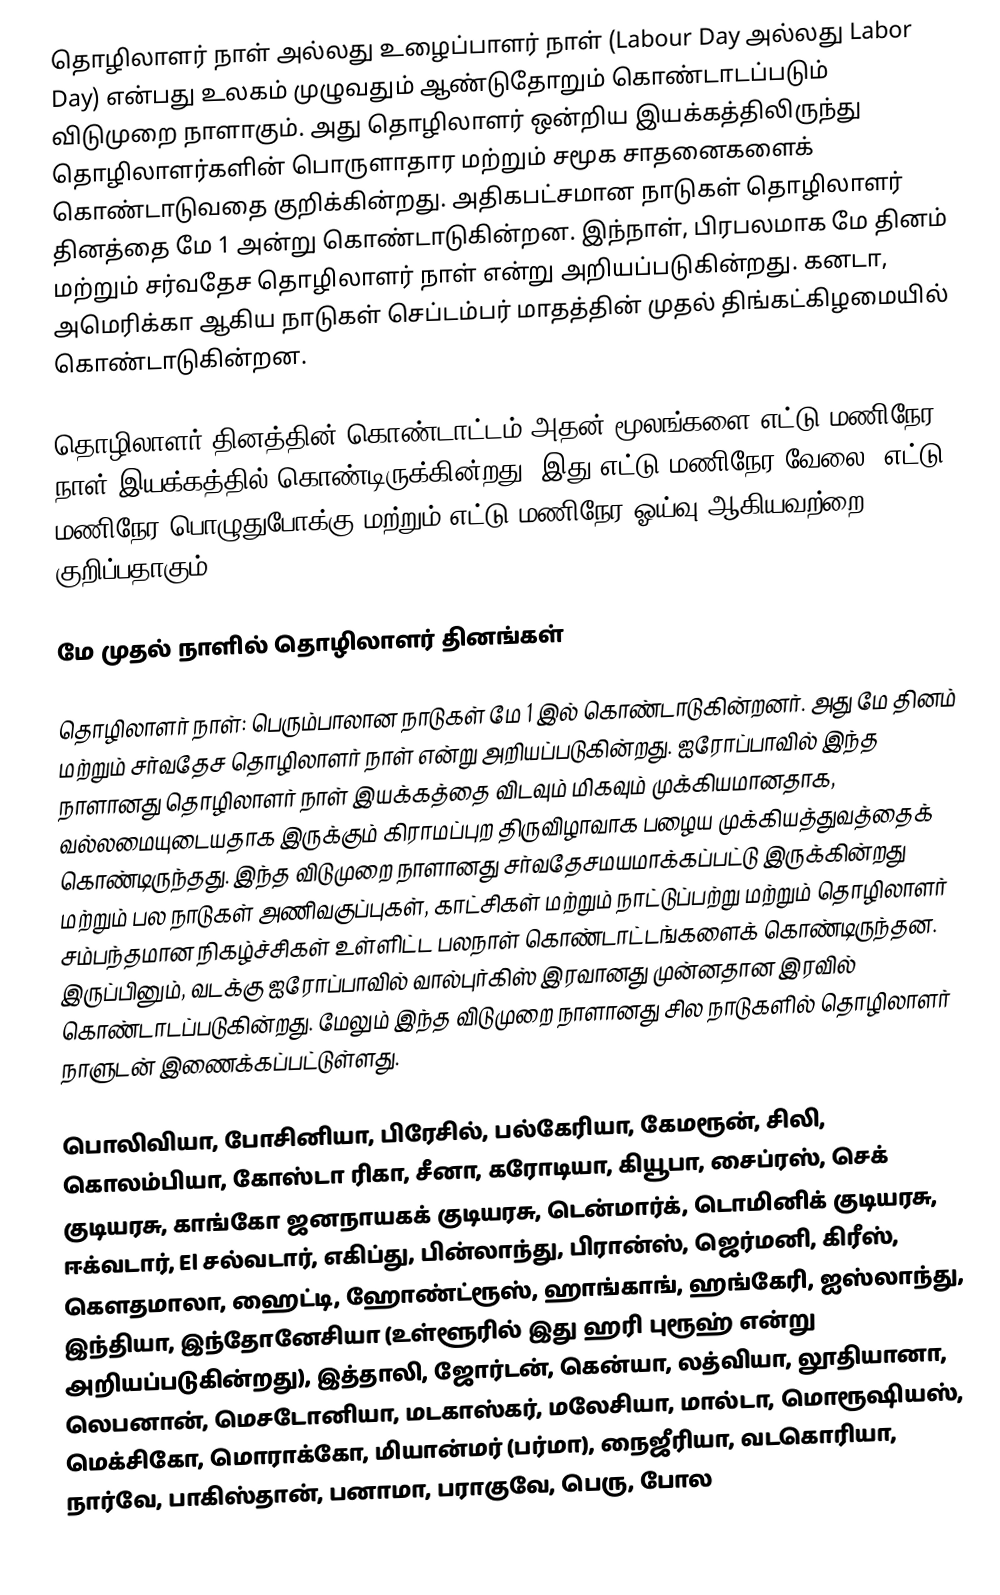
தொழிலாளர் நாள் அல்லது உழைப்பாளர் நாள் (Labour Day அல்லது Labor Day) என்பது உலகம் முழுவதும் ஆண்டுதோறும் கொண்டாடப்படும் விடுமுறை நாளாகும். அது தொழிலாளர் ஒன்றிய இயக்கத்திலிருந்து தொழிலாளர்களின் பொருளாதார மற்றும் சமூக சாதனைகளைக் கொண்டாடுவதை குறிக்கின்றது. அதிகபட்சமான நாடுகள் தொழிலாளர் தினத்தை மே 1 அன்று கொண்டாடுகின்றன. இந்நாள், பிரபலமாக மே தினம் மற்றும் சர்வதேச தொழிலாளர் நாள் என்று அறியப்படுகின்றது. கனடா, அமெரிக்கா ஆகிய நாடுகள் செப்டம்பர் மாதத்தின் முதல் திங்கட்கிழமையில் கொண்டாடுகின்றன.

தொழிலாளர் தினத்தின் கொண்டாட்டம் அதன் மூலங்களை எட்டு மணிநேர நாள் இயக்கத்தில் கொண்டிருக்கின்றது. இது எட்டு மணிநேர வேலை, எட்டு மணிநேர பொழுதுபோக்கு மற்றும் எட்டு மணிநேர ஓய்வு ஆகியவற்றை குறிப்பதாகும்.

மே முதல் நாளில் தொழிலாளர் தினங்கள்

தொழிலாளர் நாள்: பெரும்பாலான நாடுகள் மே 1 இல் கொண்டாடுகின்றனர். அது மே தினம் மற்றும் சர்வதேச தொழிலாளர் நாள் என்று அறியப்படுகின்றது. ஐரோப்பாவில் இந்த நாளானது தொழிலாளர் நாள் இயக்கத்தை விடவும் மிகவும் முக்கியமானதாக, வல்லமையுடையதாக இருக்கும் கிராமப்புற திருவிழாவாக பழைய முக்கியத்துவத்தைக் கொண்டிருந்தது. இந்த விடுமுறை நாளானது சர்வதேசமயமாக்கப்பட்டு இருக்கின்றது மற்றும் பல நாடுகள் அணிவகுப்புகள், காட்சிகள் மற்றும் நாட்டுப்பற்று மற்றும் தொழிலாளர் சம்பந்தமான நிகழ்ச்சிகள் உள்ளிட்ட பலநாள் கொண்டாட்டங்களைக் கொண்டிருந்தன. இருப்பினும், வடக்கு ஐரோப்பாவில் வால்புர்கிஸ் இரவானது முன்னதான இரவில் கொண்டாடப்படுகின்றது. மேலும் இந்த விடுமுறை நாளானது சில நாடுகளில் தொழிலாளர் நாளுடன் இணைக்கப்பட்டுள்ளது.

பொலிவியா, போசினியா, பிரேசில், பல்கேரியா, கேமரூன், சிலி, கொலம்பியா, கோஸ்டா ரிகா, சீனா, கரோடியா, கியூபா, சைப்ரஸ், செக் குடியரசு, காங்கோ ஜனநாயகக் குடியரசு, டென்மார்க், டொமினிக் குடியரசு, ஈக்வடார், El சல்வடார், எகிப்து, பின்லாந்து, பிரான்ஸ், ஜெர்மனி, கிரீஸ், கௌதமாலா, ஹைட்டி, ஹோண்ட்ரூஸ், ஹாங்காங், ஹங்கேரி, ஐஸ்லாந்து, இந்தியா, இந்தோனேசியா (உள்ளூரில் இது ஹரி புரூஹ் என்று அறியப்படுகின்றது), இத்தாலி, ஜோர்டன், கென்யா, லத்வியா, லூதியானா, லெபனான், மெசடோனியா, மடகாஸ்கர், மலேசியா, மால்டா, மொரூஷியஸ், மெக்சிகோ, மொராக்கோ, மியான்மர் (பர்மா), நைஜீரியா, வடகொரியா, நார்வே, பாகிஸ்தான், பனாமா, பராகுவே, பெரு, போல